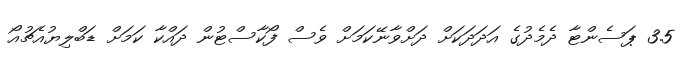
3.5 ޕަސެންޓާ ދެމެދުގެ އަދަދަކަށް ދަށްވާނޭކަމަށް ވެސް ފޯކާސްޓުން ދައްކާ ކަމަށް ޑަބްލިޔުއެޗުއޯ